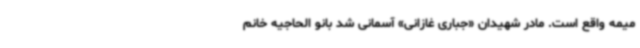
میمه واقع است. مادر شهیدان «جباری غازانی» آسمانی شد بانو الحاجیه خانم